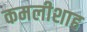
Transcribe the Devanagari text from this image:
कमलीशाह